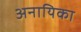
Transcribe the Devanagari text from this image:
अनायिका